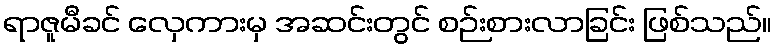
ရာဇူမီခင် လှေကားမှ အဆင်းတွင် စဉ်းစားလာခြင်း ဖြစ်သည်။